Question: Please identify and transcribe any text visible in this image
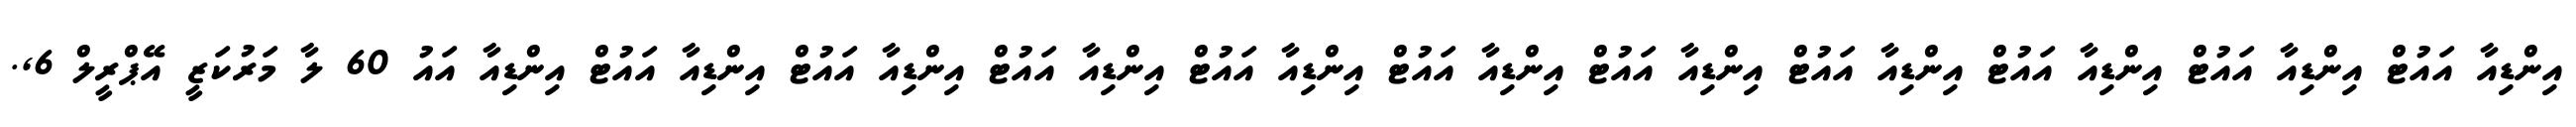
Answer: އިންޑިއާ އައުޓް އިންޑިއާ އައުޓް އިންޑިއާ އައުޓް އިންޑިއާ އައުޓް އިންޑިއާ އައުޓް އިންޑިއާ އައުޓް އިންޑިއާ އައުޓް އިންޑިއާ އައުޓް އިންޑިއާ އައުޓް އިންޑިއާ އައުޓް އިންޑިއާ އައު 60 ލާ މަރުކަޒީ އޭޕްރީލް 6,.